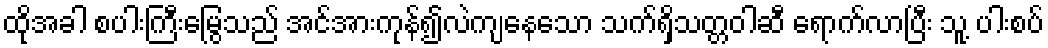
ထိုအခါ စပါးကြီးမြွေသည် အင်အားကုန်၍လဲကျနေသော သက်ရှိသတ္တဝါဆီ ရောက်လာပြီး သူ့ ပါးစပ်